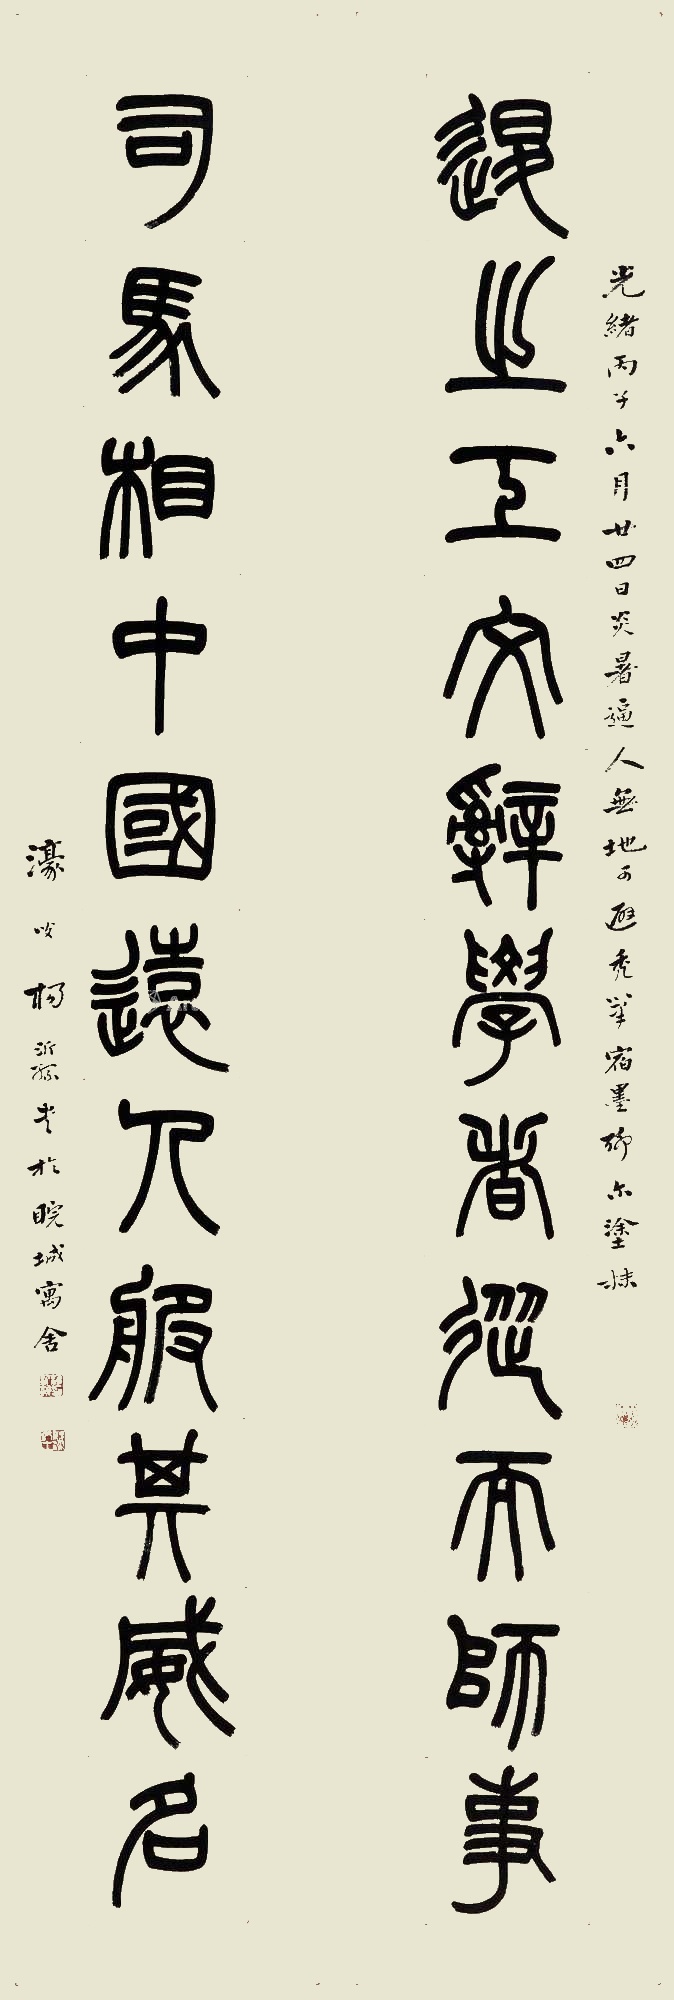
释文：退之工文辞学者从而师事，司马相中国远人服其威名。光绪丙子（1876）六月廿四日炎暑逼人，无地可避，秃笔宿墨聊尔涂抹。濠叟杨沂孙书于睆城寓舍。